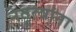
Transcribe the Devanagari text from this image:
नेतृत्वांना